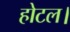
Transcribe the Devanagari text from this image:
होटल।